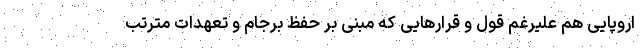
اروپایی هم علیرغم قول و قرارهایی که مبنی بر حفظ برجام و تعهدات مترتب